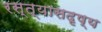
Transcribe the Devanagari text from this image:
रस्त्यासदृष्य